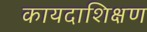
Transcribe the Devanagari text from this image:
कायदाशिक्षण